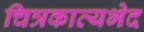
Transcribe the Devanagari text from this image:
चित्रकाव्यभेद